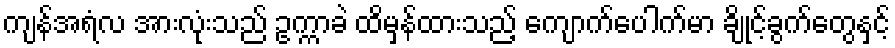
ကျန်အရံလ အားလုံးသည် ဥက္ကာခဲ ထိမှန်ထားသည့် ကျောက်ပေါက်မာ ချိုင့်ခွက်တွေနှင့်